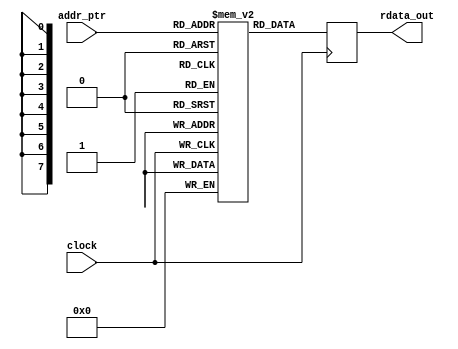
// (C) 2001-2018 Intel Corporation. All rights reserved.
// Your use of Intel Corporation's design tools, logic functions and other 
// software and tools, and its AMPP partner logic functions, and any output 
// files from any of the foregoing (including device programming or simulation 
// files), and any associated documentation or information are expressly subject 
// to the terms and conditions of the Intel Program License Subscription 
// Agreement, Intel FPGA IP License Agreement, or other applicable 
// license agreement, including, without limitation, that your use is for the 
// sole purpose of programming logic devices manufactured by Intel and sold by 
// Intel or its authorized distributors.  Please refer to the applicable 
// agreement for further details.


//
// This ROM stores the field valuemask for GXB RX that needs reconfig across various data rate ranges
//
// field_valmask - particular bit value that needs reconfig, to interpret this, get the field bitmask from the
// other ROM file, let's consider ROM[1], field bitmask=8'h0F, field valmask=8'h0A, this means the value of attribute
// cdr_pll_set_cdr_vco_speed_fix when data rate <1100Mbps is bit[3:0]=1010    
//
module mr_rom_rx_valuemask #(
    parameter NUMBER_OF_MIF_RANGE          = 16,  
    parameter ROM_DEPTH_FOR_EACH_MIF_RANGE = 9,       
    parameter ROM_SIZE                     = 8,   // number of bits per rom address - [7:0] field valmask
    parameter TOTAL_ROM_DEPTH              = 256, 
    parameter ADDR_WIDTH                   = 8    // alt_clogb2(189) 
) (
    input  wire                  clock,
    input  wire [ADDR_WIDTH-1:0] addr_ptr,
    output wire [ROM_SIZE-1:0]   rdata_out
);

reg  [ROM_SIZE-1:0]   ROM [0:TOTAL_ROM_DEPTH-1];
wire [ROM_SIZE-1:0]   DATAA = {ROM_SIZE{1'b0}};
wire [ADDR_WIDTH-1:0] RADDR;

// **** PERL SCIPT TO GENERATE BEGIN **** //   
initial begin
              // FIELD_VALMASK
    // ROM OFFSET 0 (<1100Mbps or <220Mbps)                                                  
    ROM[  0] <= 8'hB6; // [2]cdr_pll_set_cdr_vco_speed_fix, [0] cdr_pll_set_cdr_vco_speed_fix
    ROM[  1] <= 8'hC2; // [6] cdr_pll_set_cdr_vco_speed_fix
    ROM[  2] <= 8'h02; // [6] cdr_pll_set_cdr_vco_speed_fix, [3:2] cdr_pll_lf_resistor_pd, [1:0] cdr_pll_lf_resistor_pfd
    ROM[  3] <= 8'h0A; // [3:0] cdr_pll_set_cdr_vco_speed_fix
    ROM[  4] <= 8'h0B; // [6:2] cdr_pll_set_cdr_vco_speed
    ROM[  5] <= 8'hA4; // [7] cdr_pll_pd_fastlock_mode, [2:0] cdr_pll_chgpmp_current_pfd
    ROM[  6] <= 8'h33; // [7:6] cdr_pll_fref_clklow_div, [5:3] cdr_pll_pd_l_counter, [2:0] cdr_pll_pfd_l_counter
    ROM[  7] <= 8'h28; // [7:0] cdr_pll_m_counter
    ROM[  8] <= 8'h71; // [3:2] cdr_pll_n_counter
    ROM[  9] <= 8'h08; // Backup: 8'h20;
    ROM[ 10] <= 8'h54;
    ROM[ 11] <= 8'h00;
    ROM[ 12] <= 8'h00;
    // ROM OFFSET 1 (<1200Mbps or <240Mbps)
    ROM[ 13] <= 8'hB6;
    ROM[ 14] <= 8'hC2;
    ROM[ 15] <= 8'h43;
    ROM[ 16] <= 8'h04;
    ROM[ 17] <= 8'h0B;
    ROM[ 18] <= 8'hA1;
    ROM[ 19] <= 8'h33;
    ROM[ 20] <= 8'h28;
    ROM[ 21] <= 8'h71;
    ROM[ 22] <= 8'h08; 
    ROM[ 23] <= 8'h54;
    ROM[ 24] <= 8'h00;
    ROM[ 25] <= 8'h00;
    // ROM OFFSET 2 (<1300Mbps or <260Mbps)
    ROM[ 26] <= 8'hB2;
    ROM[ 27] <= 8'hC2;
    ROM[ 28] <= 8'h42;
    ROM[ 29] <= 8'h0C;
    ROM[ 30] <= 8'h0F;
    ROM[ 31] <= 8'h23;
    ROM[ 32] <= 8'h2A;
    ROM[ 33] <= 8'h28;
    ROM[ 34] <= 8'h71;
    ROM[ 35] <= 8'h08; 
    ROM[ 36] <= 8'h54;
    ROM[ 37] <= 8'h00;
    ROM[ 38] <= 8'h00;
    // ROM OFFSET 3 (<1500Mbps or <300Mbps)
    ROM[ 39] <= 8'hB2;
    ROM[ 40] <= 8'hC2;
    ROM[ 41] <= 8'h42;
    ROM[ 42] <= 8'h0C;
    ROM[ 43] <= 8'h0F;
    ROM[ 44] <= 8'h23;
    ROM[ 45] <= 8'h2B;
    ROM[ 46] <= 8'h14;
    ROM[ 47] <= 8'h71;
    ROM[ 48] <= 8'h08; 
    ROM[ 49] <= 8'h54;
    ROM[ 50] <= 8'h00;
    ROM[ 51] <= 8'h00;
    // ROM OFFSET 4 (<1700Mbps or <340Mbps)
    ROM[ 52] <= 8'hB6;
    ROM[ 53] <= 8'h82;
    ROM[ 54] <= 8'h02;
    ROM[ 55] <= 8'h0A;
    ROM[ 56] <= 8'h0F;
    ROM[ 57] <= 8'h23;
    ROM[ 58] <= 8'h2B;
    ROM[ 59] <= 8'h14;
    ROM[ 60] <= 8'h71;
    ROM[ 61] <= 8'h08; 
    ROM[ 62] <= 8'h54;
    ROM[ 63] <= 8'h00;
    ROM[ 64] <= 8'h00;
    // ROM OFFSET 5 (<2200Mbps or <440Mbps)
    ROM[ 65] <= 8'hB6;
    ROM[ 66] <= 8'hC2;
    ROM[ 67] <= 8'h02;
    ROM[ 68] <= 8'h0A;
    ROM[ 69] <= 8'h0B;
    ROM[ 70] <= 8'h22;
    ROM[ 71] <= 8'h2B;
    ROM[ 72] <= 8'h14;
    ROM[ 73] <= 8'h71;
    ROM[ 74] <= 8'h08; 
    ROM[ 75] <= 8'h54;
    ROM[ 76] <= 8'h00;
    ROM[ 77] <= 8'h00;
    // ROM OFFSET 6 (<2400Mbps or <480Mbps)
    ROM[ 78] <= 8'hB6;
    ROM[ 79] <= 8'hC2;
    ROM[ 80] <= 8'h42;
    ROM[ 81] <= 8'h04;
    ROM[ 82] <= 8'h0B;
    ROM[ 83] <= 8'h22;
    ROM[ 84] <= 8'h2B;
    ROM[ 85] <= 8'h14;
    ROM[ 86] <= 8'h71;
    ROM[ 87] <= 8'h08;
    ROM[ 88] <= 8'h54;
    ROM[ 89] <= 8'h00;
    ROM[ 90] <= 8'h00;
    // ROM OFFSET 7 (<2600Mbps or <520Mbps)
    ROM[ 91] <= 8'hB2;
    ROM[ 92] <= 8'hC2;
    ROM[ 93] <= 8'h4E;
    ROM[ 94] <= 8'h0C;
    ROM[ 95] <= 8'h0F;
    ROM[ 96] <= 8'h22;
    ROM[ 97] <= 8'h22;
    ROM[ 98] <= 8'h14;
    ROM[ 99] <= 8'h71;
    ROM[100] <= 8'h08;
    ROM[101] <= 8'h54;
    ROM[102] <= 8'h00;
    ROM[103] <= 8'h00;
    // ROM OFFSET 8 (<3000Mbps or <600Mbps)
    ROM[104] <= 8'hB2;
    ROM[105] <= 8'hC2;
    ROM[106] <= 8'h4E;
    ROM[107] <= 8'h0C;
    ROM[108] <= 8'h0F;
    ROM[109] <= 8'h22;
    ROM[110] <= 8'h23;
    ROM[111] <= 8'h0A;
    ROM[112] <= 8'h71;
    ROM[113] <= 8'h08;
    ROM[114] <= 8'h54;
    ROM[115] <= 8'h00;
    ROM[116] <= 8'h00;
    // ROM OFFSET 9 (<3400Mbps or <680Mbps)
    ROM[117] <= 8'hB6;
    ROM[118] <= 8'h82;
    ROM[119] <= 8'h0E;
    ROM[120] <= 8'h0A;
    ROM[121] <= 8'h0F;
    ROM[122] <= 8'h22;
    ROM[123] <= 8'h23;
    ROM[124] <= 8'h0A;
    ROM[125] <= 8'h71;
    ROM[126] <= 8'h08;
    ROM[127] <= 8'h54;
    ROM[128] <= 8'h00;
    ROM[129] <= 8'h00;
    // ROM OFFSET 10 (<3500Mbps or <700Mbps)
    ROM[130] <= 8'hB6;
    ROM[131] <= 8'h82;
    ROM[132] <= 8'h0E;
    ROM[133] <= 8'h0A;
    ROM[134] <= 8'h0B;
    ROM[135] <= 8'h21;
    ROM[136] <= 8'h23;
    ROM[137] <= 8'h0A;
    ROM[138] <= 8'h71;
    ROM[139] <= 8'h08;
    ROM[140] <= 8'h54;
    ROM[141] <= 8'h00;
    ROM[142] <= 8'h00;
    // ROM OFFSET 11 (<4000Mbps or <800Mbps)
    ROM[143] <= 8'hB6;
    ROM[144] <= 8'hC2;
    ROM[145] <= 8'h0E;
    ROM[146] <= 8'h0A;
    ROM[147] <= 8'h0B;
    ROM[148] <= 8'h22;
    ROM[149] <= 8'h23;
    ROM[150] <= 8'h14;
    ROM[151] <= 8'h75;
    ROM[152] <= 8'h08;
    ROM[153] <= 8'h54;
    ROM[154] <= 8'h00;
    ROM[155] <= 8'h00;
    // ROM OFFSET 12 (<4500Mbps or <900Mbps)
    ROM[156] <= 8'hB6;
    ROM[157] <= 8'hC2;
    ROM[158] <= 8'h0E;
    ROM[159] <= 8'h0A;
    ROM[160] <= 8'h0B;
    ROM[161] <= 8'h22;
    ROM[162] <= 8'h63;
    ROM[163] <= 8'h14;
    ROM[164] <= 8'h75;
    ROM[165] <= 8'h08;
    ROM[166] <= 8'h54;
    ROM[167] <= 8'h00;
    ROM[168] <= 8'h00;
    // ROM OFFSET 13 (<4800Mbps or <960Mbps)
    ROM[169] <= 8'hB6;
    ROM[170] <= 8'hC2;
    ROM[171] <= 8'h4E;
    ROM[172] <= 8'h04;
    ROM[173] <= 8'h0B;
    ROM[174] <= 8'h22;
    ROM[175] <= 8'h63;
    ROM[176] <= 8'h14;
    ROM[177] <= 8'h75;
    ROM[178] <= 8'h08;
    ROM[179] <= 8'h54;
    ROM[180] <= 8'h00;
    ROM[181] <= 8'h00;
    // ROM OFFSET 14 (<5200Mbps or <1000Mbps)
    ROM[182] <= 8'hB2;
    ROM[183] <= 8'hC2;
    ROM[184] <= 8'h4E;
    ROM[185] <= 8'h0C;
    ROM[186] <= 8'h0F;
    ROM[187] <= 8'h22;
    ROM[188] <= 8'h5A;
    ROM[189] <= 8'h14;
    ROM[190] <= 8'h75;
    ROM[191] <= 8'h08;
    ROM[192] <= 8'h54;
    ROM[193] <= 8'h00;
    ROM[194] <= 8'h00;
    // ROM OFFSET 15 (<6000Mbps)
    ROM[195] <= 8'hB2;
    ROM[196] <= 8'hC2;
    ROM[197] <= 8'h4E;
    ROM[198] <= 8'h0C;
    ROM[199] <= 8'h0F;
    ROM[200] <= 8'h22;
    ROM[201] <= 8'h5B;
    ROM[202] <= 8'h0A;
    ROM[203] <= 8'h75;
    ROM[204] <= 8'h08;
    ROM[205] <= 8'h54;
    ROM[206] <= 8'h00;
    ROM[207] <= 8'h00;
    ROM[208] <= 8'h00;
    ROM[209] <= 8'h00;
    ROM[210] <= 8'h00;
    ROM[211] <= 8'h00;
    ROM[212] <= 8'h00;
    ROM[213] <= 8'h00;
    ROM[214] <= 8'h00;
    ROM[215] <= 8'h00;
    ROM[216] <= 8'h00;
    ROM[217] <= 8'h00;
    ROM[218] <= 8'h00;
    ROM[219] <= 8'h00;
    ROM[220] <= 8'h00;
    ROM[221] <= 8'h00;
    ROM[222] <= 8'h00;
    ROM[223] <= 8'h00;
    ROM[224] <= 8'h00;
    ROM[225] <= 8'h00;
    ROM[226] <= 8'h00;
    ROM[227] <= 8'h00;
    ROM[228] <= 8'h00;
    ROM[229] <= 8'h00;
    ROM[230] <= 8'h00;
    ROM[231] <= 8'h00;
    ROM[232] <= 8'h00;
    ROM[233] <= 8'h00;
    ROM[234] <= 8'h00;
    ROM[235] <= 8'h00;
    ROM[236] <= 8'h00;
    ROM[237] <= 8'h00;
    ROM[238] <= 8'h00;
    ROM[239] <= 8'h00;
    ROM[240] <= 8'h00;
    ROM[241] <= 8'h00;
    ROM[242] <= 8'h00;
    ROM[243] <= 8'h00;
    ROM[244] <= 8'h00;
    ROM[245] <= 8'h00;
    ROM[246] <= 8'h00;
    ROM[247] <= 8'h00;
    ROM[248] <= 8'h00;
    ROM[249] <= 8'h00;
    ROM[250] <= 8'h00;
    ROM[251] <= 8'h00;
    ROM[252] <= 8'h00;
    ROM[253] <= 8'h00;
    ROM[254] <= 8'h00;
    ROM[255] <= 8'h00;  
end
// **** PERL SCIPT TO GENERATE END ****** //

// write is unused
wire [ADDR_WIDTH-1:0] ADDRA = {ADDR_WIDTH{1'b0}}; 
wire                  WEA   = 1'b0; 
always @ (posedge clock)
begin
    if (WEA) begin
        ROM[ADDRA] <= DATAA;
    end
end
   
assign RADDR = addr_ptr;
   
reg [ROM_SIZE-1:0] RDATA;
always @ (posedge clock)
begin
     RDATA <= ROM[RADDR];
end

assign rdata_out = RDATA;

endmodule